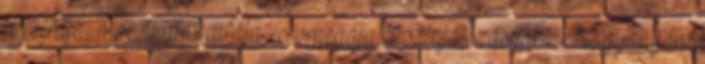
a csírája, mondhatni alfája és omegája a színjátszásnak.” Nagyanyám